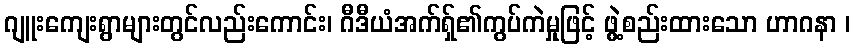
ဂျူးကျေးရွာများတွင်လည်းကောင်း၊ ဂီဒီယံအက်ရှ်၏ကွပ်ကဲမှုဖြင့် ဖွဲ့စည်းထားသော ဟာဂနာ ၊